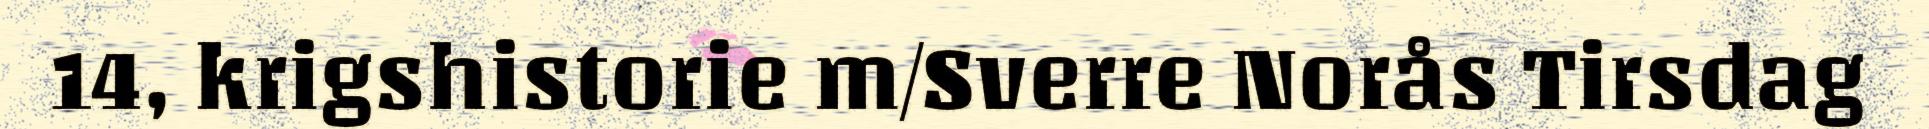
14, krigshistorie m/Sverre Norås Tirsdag